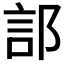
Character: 𫑟